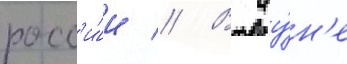
росс'и́и // В иу́н'е